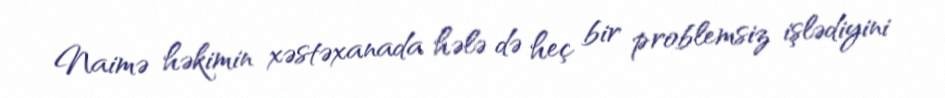
Naimə həkimin xəstəxanada hələ də heç bir problemsiz işlədiyini